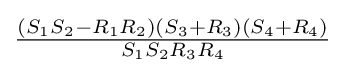
{\tfrac {(S_{1}S_{2}-R_{1}R_{2})(S_{3}+R_{3})(S_{4}+R_{4})}{S_{1}S_{2}R_{3}R_{4}}}